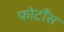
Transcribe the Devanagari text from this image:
फोटौंस